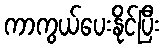
ကာကွယ်ပေးနိုင်ပြီး